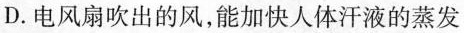
D.电风扇吹出的风，能加快人体汗液的蒸发